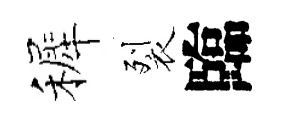
裤裂臨